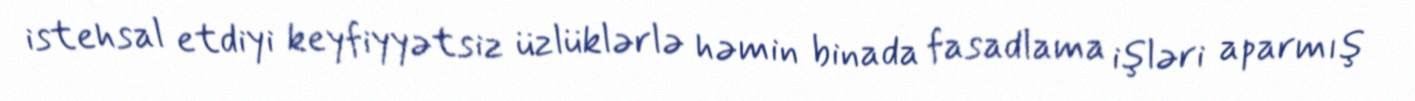
istehsal etdiyi keyfiyyətsiz üzlüklərlə həmin binada fasadlama işləri aparmış